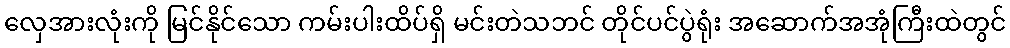
လှေအားလုံးကို မြင်နိုင်သော ကမ်းပါးထိပ်ရှိ မင်းတဲသဘင် တိုင်ပင်ပွဲရုံး အဆောက်အအုံကြီးထဲတွင်